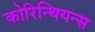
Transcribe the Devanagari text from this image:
कोरिन्थियन्स